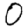
Digit: 0